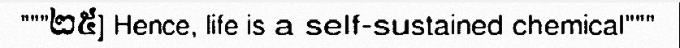
"""២៥] Hence, life is a self-sustained chemical"""